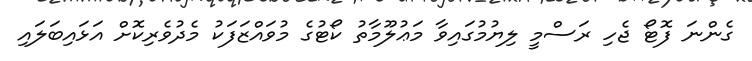
ގެންނަ ފޮޓޯ ޖެހި ރަސްމީ ލިޔުމުގައިވާ މަޢުލޫމާތު ކޯޓުގެ މުވައްޒަފަކު މެދުވެރިކޮށް އަޅައިބަލައި